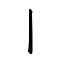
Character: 丨